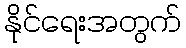
နိုင်ရေးအတွက်